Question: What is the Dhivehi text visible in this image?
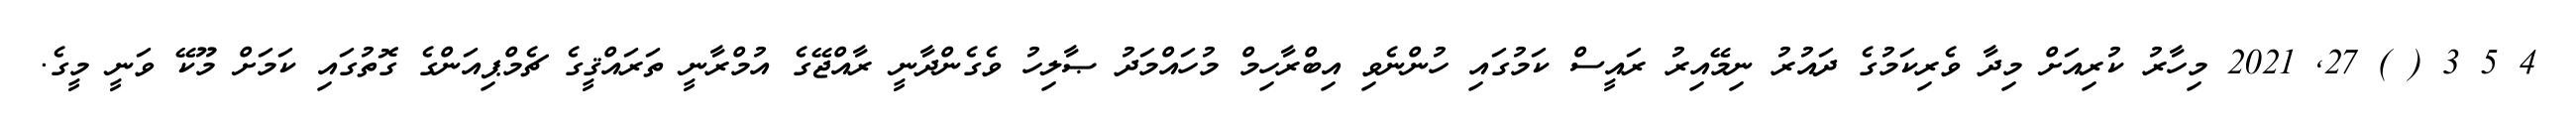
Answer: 4 5 3 ( ) 27, 2021 މިހާރު ކުރިއަށް މިދާ ވެރިކަމުގެ ދައުރު ނިމޭއިރު ރައީސް ކަމުގައި ހުންނެވި އިބްރާހިމް މުހައްމަދު ޞާލިހު ވެގެންދާނީ ރާއްޖޭގެ އުމްރާނީ ތަރައްޤީގެ ޗެމްޕިއަންގެ ގޮތުގައި ކަމަށް މޫކޭ ވަނީ މީގެ.